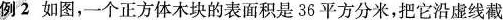
例2如图，一个正方体木块的表面积是36平方分米，把它沿虚线截